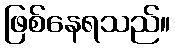
ဖြစ်နေရသည်။